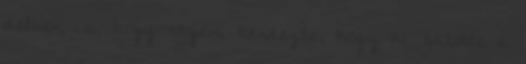
délben is, hogy atyám kérdezte, hogy ki sütötte a